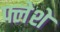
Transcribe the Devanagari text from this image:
फ्लेशे